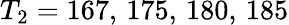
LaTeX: T_{2}=167,\, 175,\, 180,\, 185